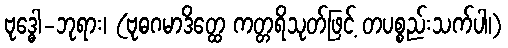
ဗုဒ္ဓေါ-ဘုရား၊ (ဗုဓဂမာဒိတ္ထေ ကတ္တရိသုတ်ဖြင့် တပစ္စည်းသက်ပါ၊)